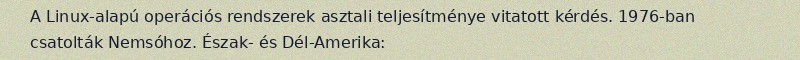
A Linux-alapú operációs rendszerek asztali teljesítménye vitatott kérdés. 1976-ban csatolták Nemsóhoz. Észak- és Dél-Amerika: